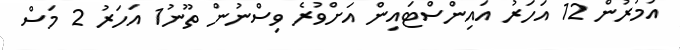
އުމުރުން 12 އަހަރު އައިންސްޓައިން އަށްވުރެ ވިސްނުން ތޫނު1 އަހަރު 2 މަސް